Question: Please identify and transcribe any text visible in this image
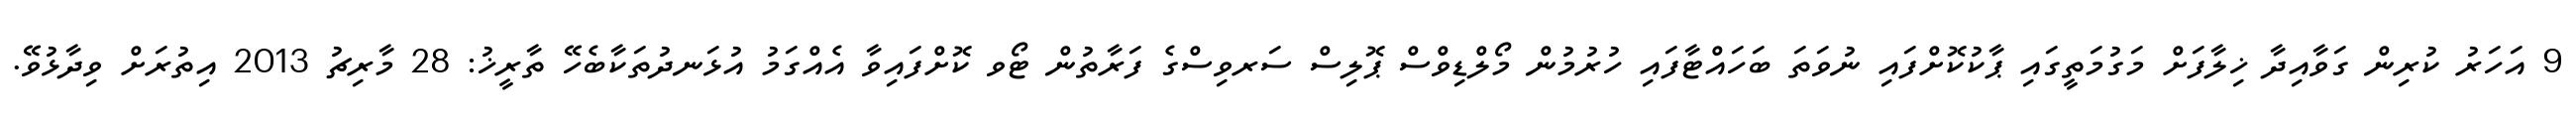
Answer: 9 އަހަރު ކުރިން ގަވާއިދާ ޚިލާފަށް މަގުމަތީގައި ޕާކުކޮށްފައި ނުވަތަ ބަހައްޓާފައި ހުރުމުން މޯލްޑިވްސް ޕޮލިސް ސަރވިސްގެ ފަރާތުން ޓޯވ ކޮށްފައިވާ އެއްގަމު އުޅަނދުތަކާބެހޭ ތާރީޚު: 28 މާރިޗު 2013 އިތުރަށް ވިދާޅުވޭ.